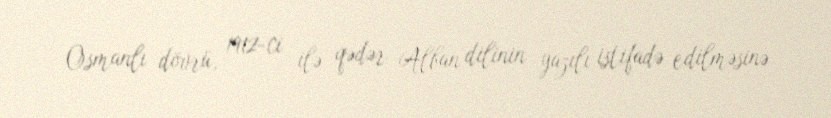
Osmanlı dövrü, 1912-ci ilə qədər Alban dilinin yazılı istifadə edilməsinə